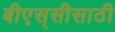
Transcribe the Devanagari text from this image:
बीएस्‌सीसाठी